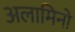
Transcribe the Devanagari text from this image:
अलामिनो